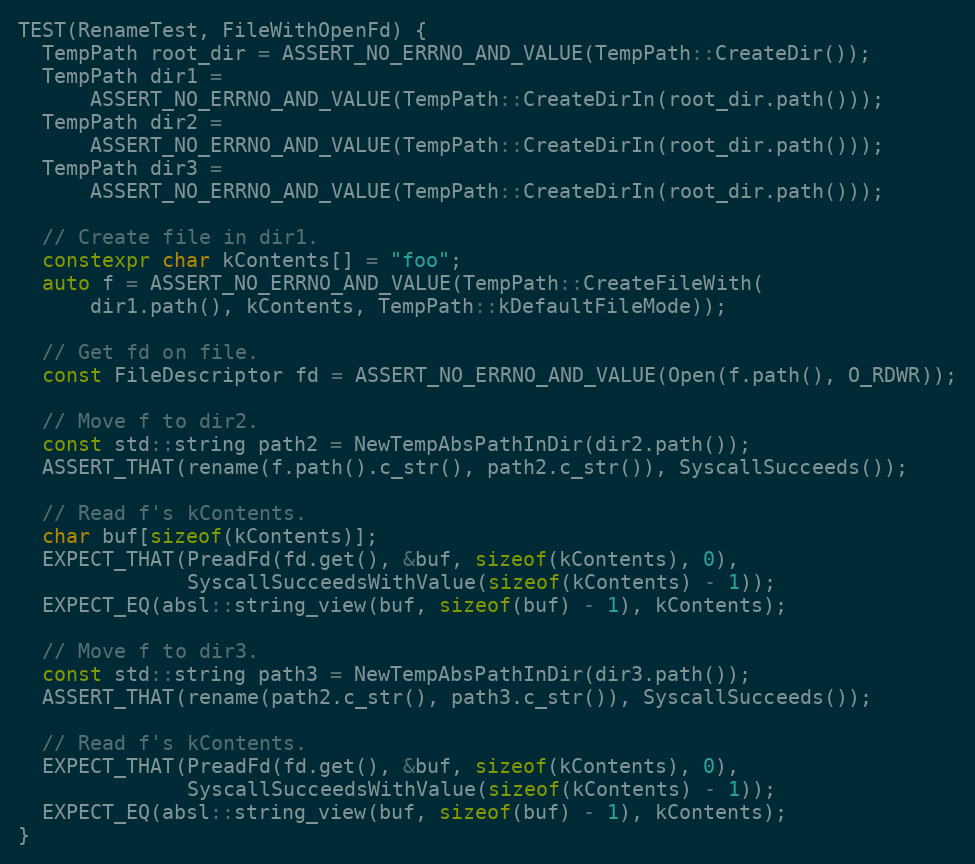
Language: C++
TEST(RenameTest, FileWithOpenFd) {
  TempPath root_dir = ASSERT_NO_ERRNO_AND_VALUE(TempPath::CreateDir());
  TempPath dir1 =
      ASSERT_NO_ERRNO_AND_VALUE(TempPath::CreateDirIn(root_dir.path()));
  TempPath dir2 =
      ASSERT_NO_ERRNO_AND_VALUE(TempPath::CreateDirIn(root_dir.path()));
  TempPath dir3 =
      ASSERT_NO_ERRNO_AND_VALUE(TempPath::CreateDirIn(root_dir.path()));

  // Create file in dir1.
  constexpr char kContents[] = "foo";
  auto f = ASSERT_NO_ERRNO_AND_VALUE(TempPath::CreateFileWith(
      dir1.path(), kContents, TempPath::kDefaultFileMode));

  // Get fd on file.
  const FileDescriptor fd = ASSERT_NO_ERRNO_AND_VALUE(Open(f.path(), O_RDWR));

  // Move f to dir2.
  const std::string path2 = NewTempAbsPathInDir(dir2.path());
  ASSERT_THAT(rename(f.path().c_str(), path2.c_str()), SyscallSucceeds());

  // Read f's kContents.
  char buf[sizeof(kContents)];
  EXPECT_THAT(PreadFd(fd.get(), &buf, sizeof(kContents), 0),
              SyscallSucceedsWithValue(sizeof(kContents) - 1));
  EXPECT_EQ(absl::string_view(buf, sizeof(buf) - 1), kContents);

  // Move f to dir3.
  const std::string path3 = NewTempAbsPathInDir(dir3.path());
  ASSERT_THAT(rename(path2.c_str(), path3.c_str()), SyscallSucceeds());

  // Read f's kContents.
  EXPECT_THAT(PreadFd(fd.get(), &buf, sizeof(kContents), 0),
              SyscallSucceedsWithValue(sizeof(kContents) - 1));
  EXPECT_EQ(absl::string_view(buf, sizeof(buf) - 1), kContents);
}